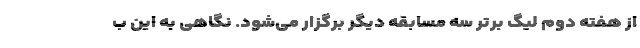
از هفته دوم لیگ برتر سه مسابقه دیگر برگزار می‌شود. نگاهی به این ب